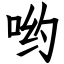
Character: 哟